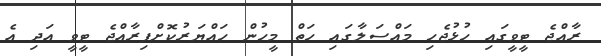
ރާއްޖެ ޓީވީގައި ހުޅުޖެހި މައްސަލާގައި ހަތް މީހުން ހައްޔަރުކޮށްފިރާއްޖެ ޓީވީ އަދި އެ